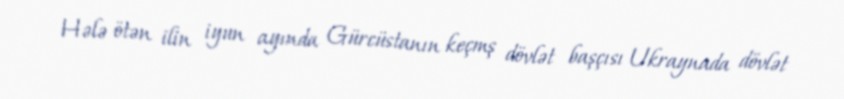
Hələ ötən ilin iyun ayında Gürcüstanın keçmş dövlət başçısı Ukraynada dövlət